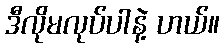
ဒီလိုမလုပ်ပါနဲ့ ဟယ်။